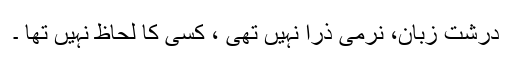
درشت زبان، نرمی ذرا نہیں تھی ، کسی کا لحاظ نہیں تھا ۔